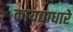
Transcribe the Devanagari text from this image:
कायद्याधारे